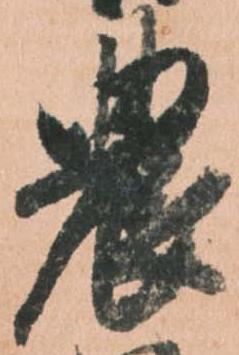
農